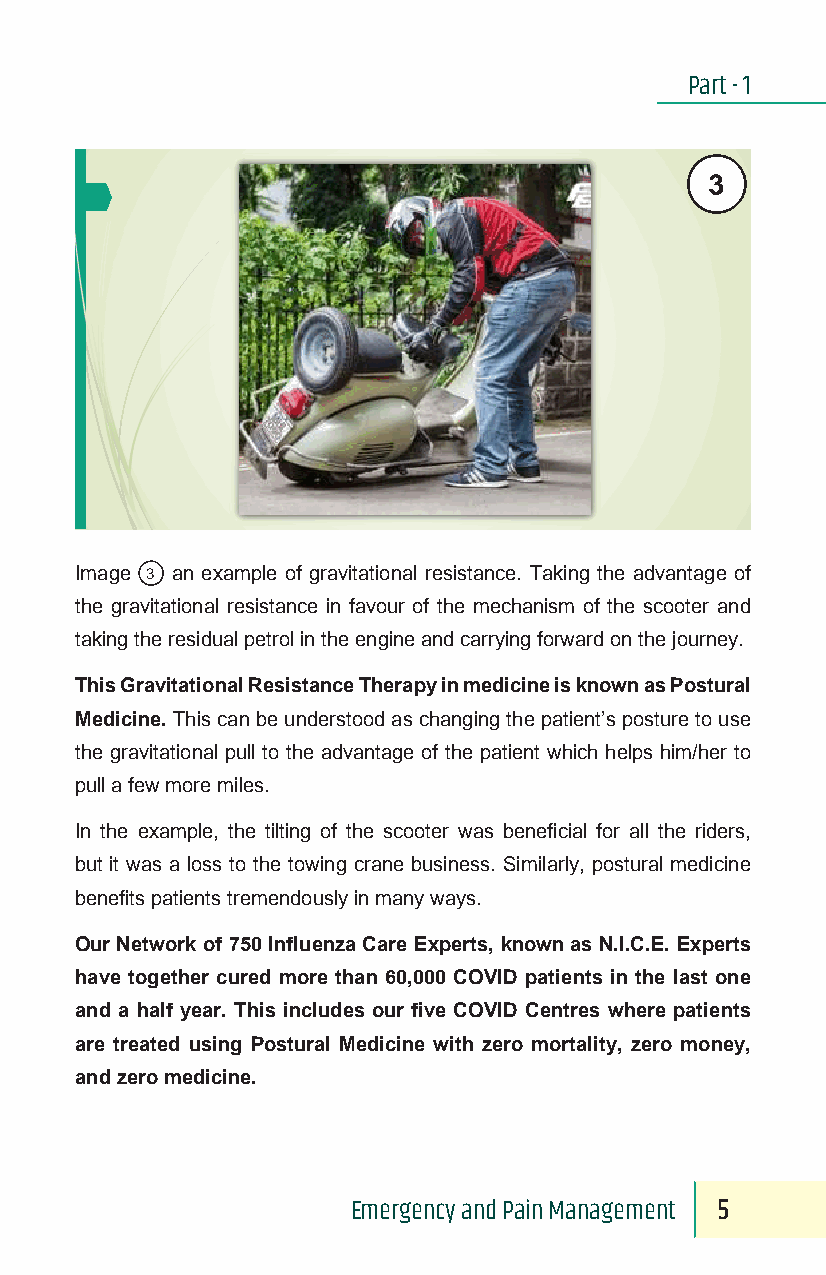
Part - 1
 3
 Image 3 an example of gravitational resistance. Taking the advantage of
 the gravitational resistance in favour of the mechanism of the scooter and
 taking the residual petrol in the engine and carrying forward on the journey.
 This Gravitational Resistance Therapy in medicine is known as Postural
 Medicine. This can be understood as changing the patient’s posture to use
 the gravitational pull to the advantage of the patient which helps him/her to
 pull a few more miles.
 In the example, the tilting of the scooter was beneficial for all the riders,
 but it was a loss to the towing crane business. Similarly, postural medicine
 benefits patients tremendously in many ways.
 Our Network of 750 Influenza Care Experts, known as N.I.C.E. Experts
 have together cured more than 60,000 COVID patients in the last one
 and a half year. This includes our five COVID Centres where patients
 are treated using Postural Medicine with zero mortality, zero money,
 and zero medicine.
 Emergency and Pain Management 5